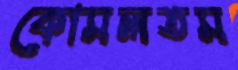
কোমলতম